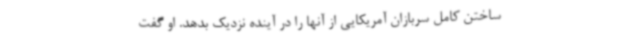
ساختن کامل سربازان آمریکایی از آنها را در آینده نزدیک بدهد. او گفت